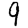
Digit: 9